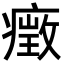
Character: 㿂